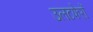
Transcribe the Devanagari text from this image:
उलटफेरों